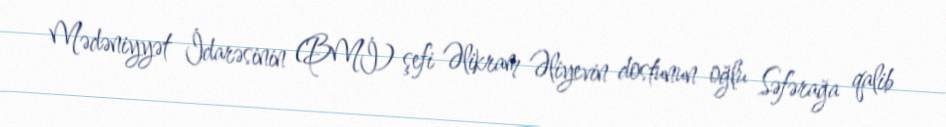
Mədəniyyət İdarəsinin (BMİ) şefi Əlikram Əliyevin dostunun oğlu Səfərağa qalib